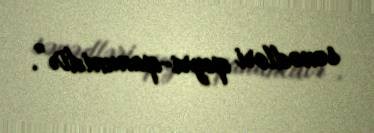
sənədləri qeyri-qanunidir”.